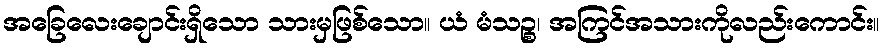
အခြေလေးချောင်းရှိသော သားမှဖြစ်သော။ ယံ မံသဉ္စ၊ အကြင်အသားကိုလည်းကောင်း။